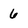
Character: 6